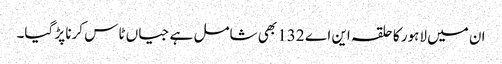
ان میں لاہور کا حلقہ این اے 132 بھی شامل ہے جیاں ٹاس کرنا پڑ گیا۔